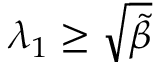
\lambda _ { 1 } \geq \sqrt { \tilde { \beta } }